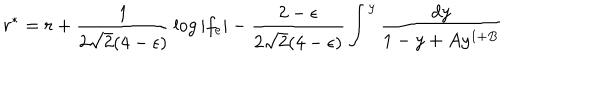
LaTeX: r ^ { * } = r + { \frac { 1 } { 2 \sqrt 2 ( 4 - \epsilon ) } } \log | f _ { e } | - { \frac { 2 - \epsilon } { 2 \sqrt 2 ( 4 - \epsilon ) } } \int ^ { y } { \frac { d y } { 1 - y + A y ^ { 1 + B } } }